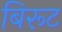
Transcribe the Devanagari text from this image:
बिरूट